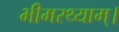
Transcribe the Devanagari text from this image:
भीमरथ्याम्।